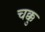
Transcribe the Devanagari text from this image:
चक्कु